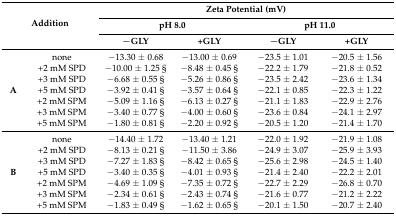
<table><thead><tr><td rowspan="3" colspan="2"><b>Addition</b></td><td colspan="4"><b>Zeta Potential (mV)</b></td></tr><tr><td colspan="2"><b>pH 8.0</b></td><td colspan="2"><b>pH 11.0</b></td></tr><tr><td><b>−GLY</b></td><td><b>+GLY</b></td><td><b>−GLY</b></td><td><b>+GLY</b></td></tr></thead><tbody><tr><td rowspan="7"><b>A</b></td><td>none</td><td>−13.30 ± 0.68</td><td>−13.00 ± 0.69</td><td>−23.5 ± 1.01</td><td>−20.5 ± 1.56</td></tr><tr><td>+2 mM SPD</td><td>−10.00 ± 1.25 §</td><td>−8.48 ± 0.45 §</td><td>−22.2 ± 1.79</td><td>−21.8 ± 0.52</td></tr><tr><td>+3 mM SPD</td><td>−6.68 ± 0.55 §</td><td>−5.26 ± 0.86 §</td><td>−23.5 ± 2.42</td><td>−23.6 ± 1.34</td></tr><tr><td>+5 mM SPD</td><td>−3.92 ± 0.41 §</td><td>−3.57 ± 0.64 §</td><td>−22.1 ± 0.85</td><td>−22.3 ± 1.22</td></tr><tr><td>+2 mM SPM</td><td>−5.09 ± 1.16 §</td><td>−6.13 ± 0.27 §</td><td>−21.1 ± 1.83</td><td>−22.9 ± 2.76</td></tr><tr><td>+3 mM SPM</td><td>−3.40 ± 0.77 §</td><td>−4.00 ± 0.60 §</td><td>−23.6 ± 0.84</td><td>−24.1 ± 2.97</td></tr><tr><td>+5 mM SPM</td><td>−1.80 ± 0.81 §</td><td>−2.20 ± 0.92 §</td><td>−20.5 ± 1.20</td><td>−21.4 ± 1.70</td></tr><tr><td rowspan="7"><b>B</b></td><td>none</td><td>−14.40 ± 1.72</td><td>−13.40 ± 1.21</td><td>−22.0 ± 1.92</td><td>−21.9 ± 1.08</td></tr><tr><td>+2 mM SPD</td><td>−8.13 ± 0.21 §</td><td>−11.50 ± 3.86</td><td>−24.9 ± 3.07</td><td>−25.9 ± 3.93</td></tr><tr><td>+3 mM SPD</td><td>−7.27 ± 1.83 §</td><td>−8.42 ± 0.65 §</td><td>−25.6 ± 2.98</td><td>−24.5 ± 1.40</td></tr><tr><td>+5 mM SPD</td><td>−3.40 ± 0.35 §</td><td>−4.01 ± 0.93 §</td><td>−21.4 ± 2.40</td><td>−22.2 ± 2.01</td></tr><tr><td>+2 mM SPM</td><td>−4.69 ± 1.09 §</td><td>−7.35 ± 0.72 §</td><td>−22.7 ± 2.29</td><td>−26.8 ± 0.70</td></tr><tr><td>+3 mM SPM</td><td>−2.34 ± 0.61 §</td><td>−2.43 ± 0.74 §</td><td>−21.6 ± 0.77</td><td>−21.2 ± 2.22</td></tr><tr><td>+5 mM SPM</td><td>−1.83 ± 0.49 §</td><td>−1.62 ± 0.65 §</td><td>−20.1 ± 1.50</td><td>−20.7 ± 2.40</td></tr></tbody></table>